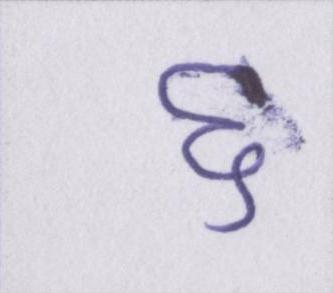
६